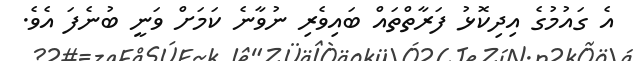
އެ ގައުމުގެ އިދިކޮޅު ފަރާތްތައް ބައިވެރި ނުވާނެ ކަމަށް ވަނީ ބުނެފަ އެވެ.